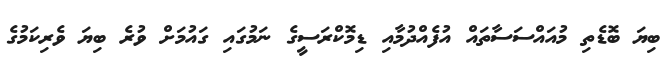
ބިޔަ ބޮޑެތި މުއައްސަސާތައް އުފެއްދުމާއި ޑިމޮކްރަސީގެ ނަމުގައި ގައުމަށް ވުރެ ބިޔަ ވެރިކަމުގެ